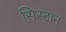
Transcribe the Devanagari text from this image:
सिस्टान